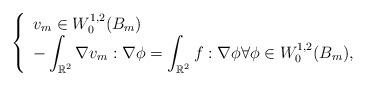
LaTeX: \begin{align*}\left\{\begin{array}{l} v_m \in W_0^{1,2}(B_m)\\ \displaystyle{-\int_{\mathbb{R}^2} \nabla v_m : \nabla \phi = \int_{\mathbb{R}^2} f: \nabla \phi \forall \phi\in W_0^{1,2}(B_m),}\end{array}\right.\end{align*}